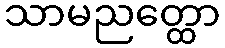
သာမညတ္ထော